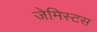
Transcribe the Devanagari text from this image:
जेमिस्टस